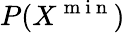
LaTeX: P(X^{\mathrm{~m~i~n~}})